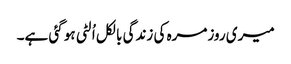
میری روزمرہ کی زندگی بالکل اُلٹی ہو گئی ہے۔